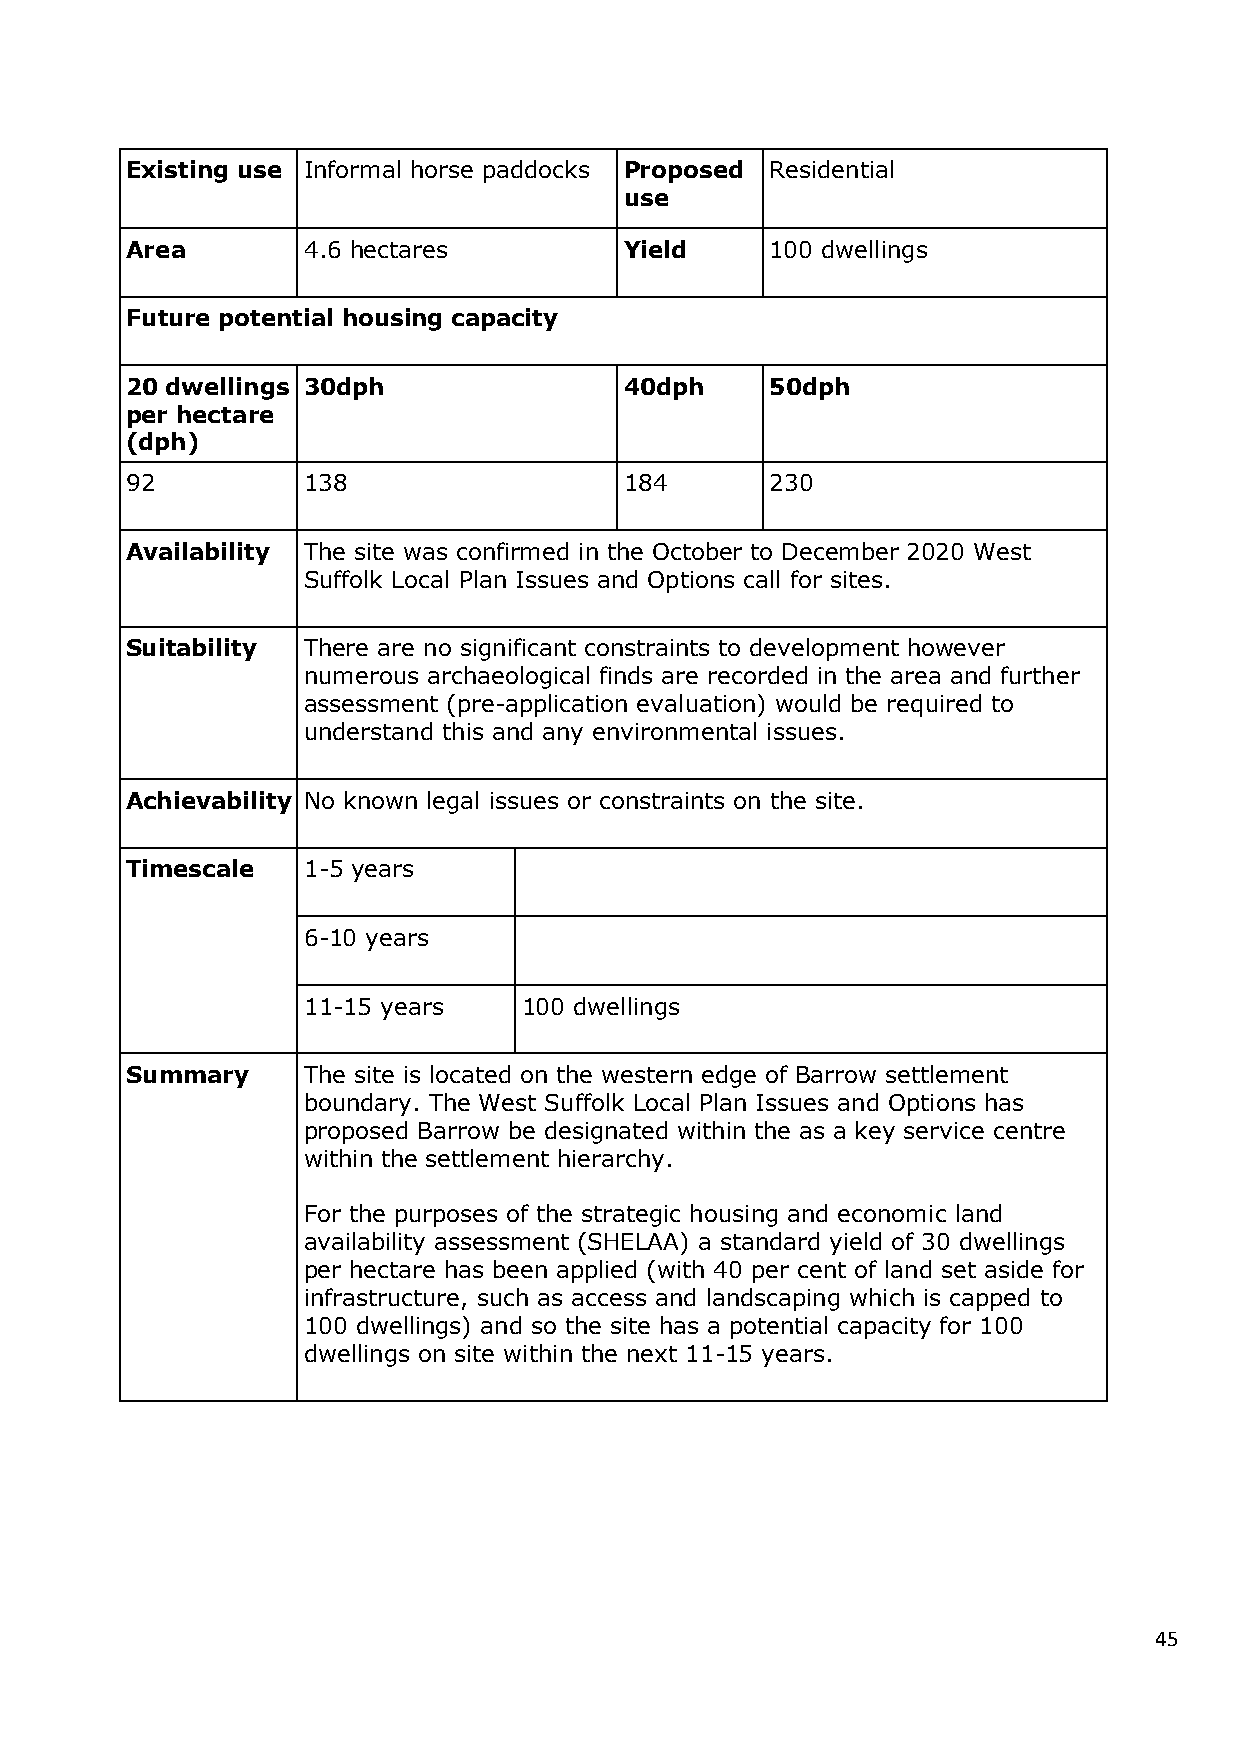
Existing use Informal horse paddocks Proposed Residential
 use
 Area        4.6 hectares         Yield     100 dwellings
 Future potential housing capacity
 20 dwellings 30dph               40dph     50dph
 per hectare
 (dph)
 92          138                  184       230
 Availability The site was confirmed in the October to December 2020 West
 Suffolk Local Plan Issues and Options call for sites.
 Suitability There are no significant constraints to development however
 numerous archaeological finds are recorded in the area and further
 assessment (pre-application evaluation) would be required to
 understand this and any environmental issues.
 Achievability No known legal issues or constraints on the site.
 Timescale   1-5 years
 6-10 years
 11-15 years    100 dwellings
 Summary     The site is located on the western edge of Barrow settlement
 boundary. The West Suffolk Local Plan Issues and Options has
 proposed Barrow be designated within the as a key service centre
 within the settlement hierarchy.
 For the purposes of the strategic housing and economic land
 availability assessment (SHELAA) a standard yield of 30 dwellings
 per hectare has been applied (with 40 per cent of land set aside for
 infrastructure, such as access and landscaping which is capped to
 100 dwellings) and so the site has a potential capacity for 100
 dwellings on site within the next 11-15 years.
 45